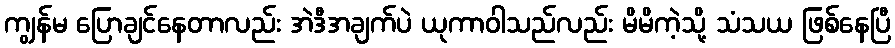
ကျွန်မ ပြောချင်နေတာလည်း အဲဒီအချက်ပဲ ယုကာဝါသည်လည်း မိမိကဲ့သို့ သံသယ ဖြစ်နေပြီ